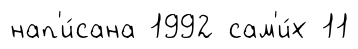
нап'и́сана 1992 сам'и́х 11